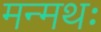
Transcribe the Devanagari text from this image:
मन्मथः